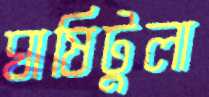
ঘাষিটুলা